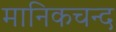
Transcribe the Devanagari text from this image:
मानिकचन्द